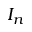
I _ { n }